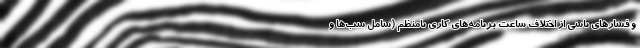
و فشارهای ناشی از اختلاف ساعت برنامه‌های کاری نامنظم (شامل شب‌ها و